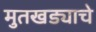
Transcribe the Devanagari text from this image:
मुतखड्याचे